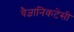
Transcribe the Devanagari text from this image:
वैज्ञानिकटेसी